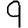
Digit: 9